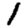
Digit: 1